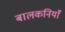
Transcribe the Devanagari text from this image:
बालकनियाँ